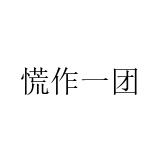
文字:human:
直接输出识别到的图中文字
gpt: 慌作一团